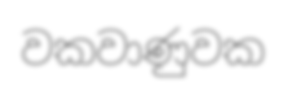
වකවාණුවක